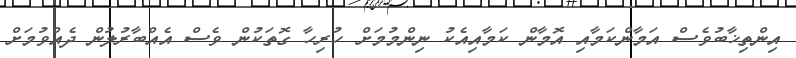
އިންތިޚާބުވެސް އަމާންކަމާއި އޮމާން ކަމާއިއެކު ނިންމުމަށް ހުރިހާ ގޮތަކުން ވެސް އެއްބާރުލުން ދެއްވުމަށް